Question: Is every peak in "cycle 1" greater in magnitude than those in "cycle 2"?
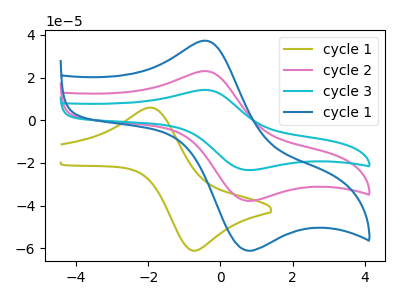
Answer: <think>The olive curve "cycle 1" has an anodic peak at (-1.95V, 5.95uA) and a cathodic peak at (-0.75V, -61.10uA). The pink curve "cycle 2" has an anodic peak at (-0.45V, 23.05uA) and a cathodic peak at (0.70V, -37.50uA). The cyan curve "cycle 3" has an anodic peak at (-0.45V, 46.10uA) and a cathodic peak at (0.70V, -75.00uA). The blue curve "cycle 1" has an anodic peak at (-0.45V, 37.30uA) and a cathodic peak at (0.70V, -60.70uA).</think>
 <answer>Every peak in "cycle 1" is higher than every peak in "cycle 2".</answer>
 <eval>higher</eval>